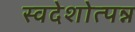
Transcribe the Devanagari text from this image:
स्वदेशोत्पन्न